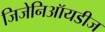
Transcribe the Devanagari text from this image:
जिजेनिऑयडीज